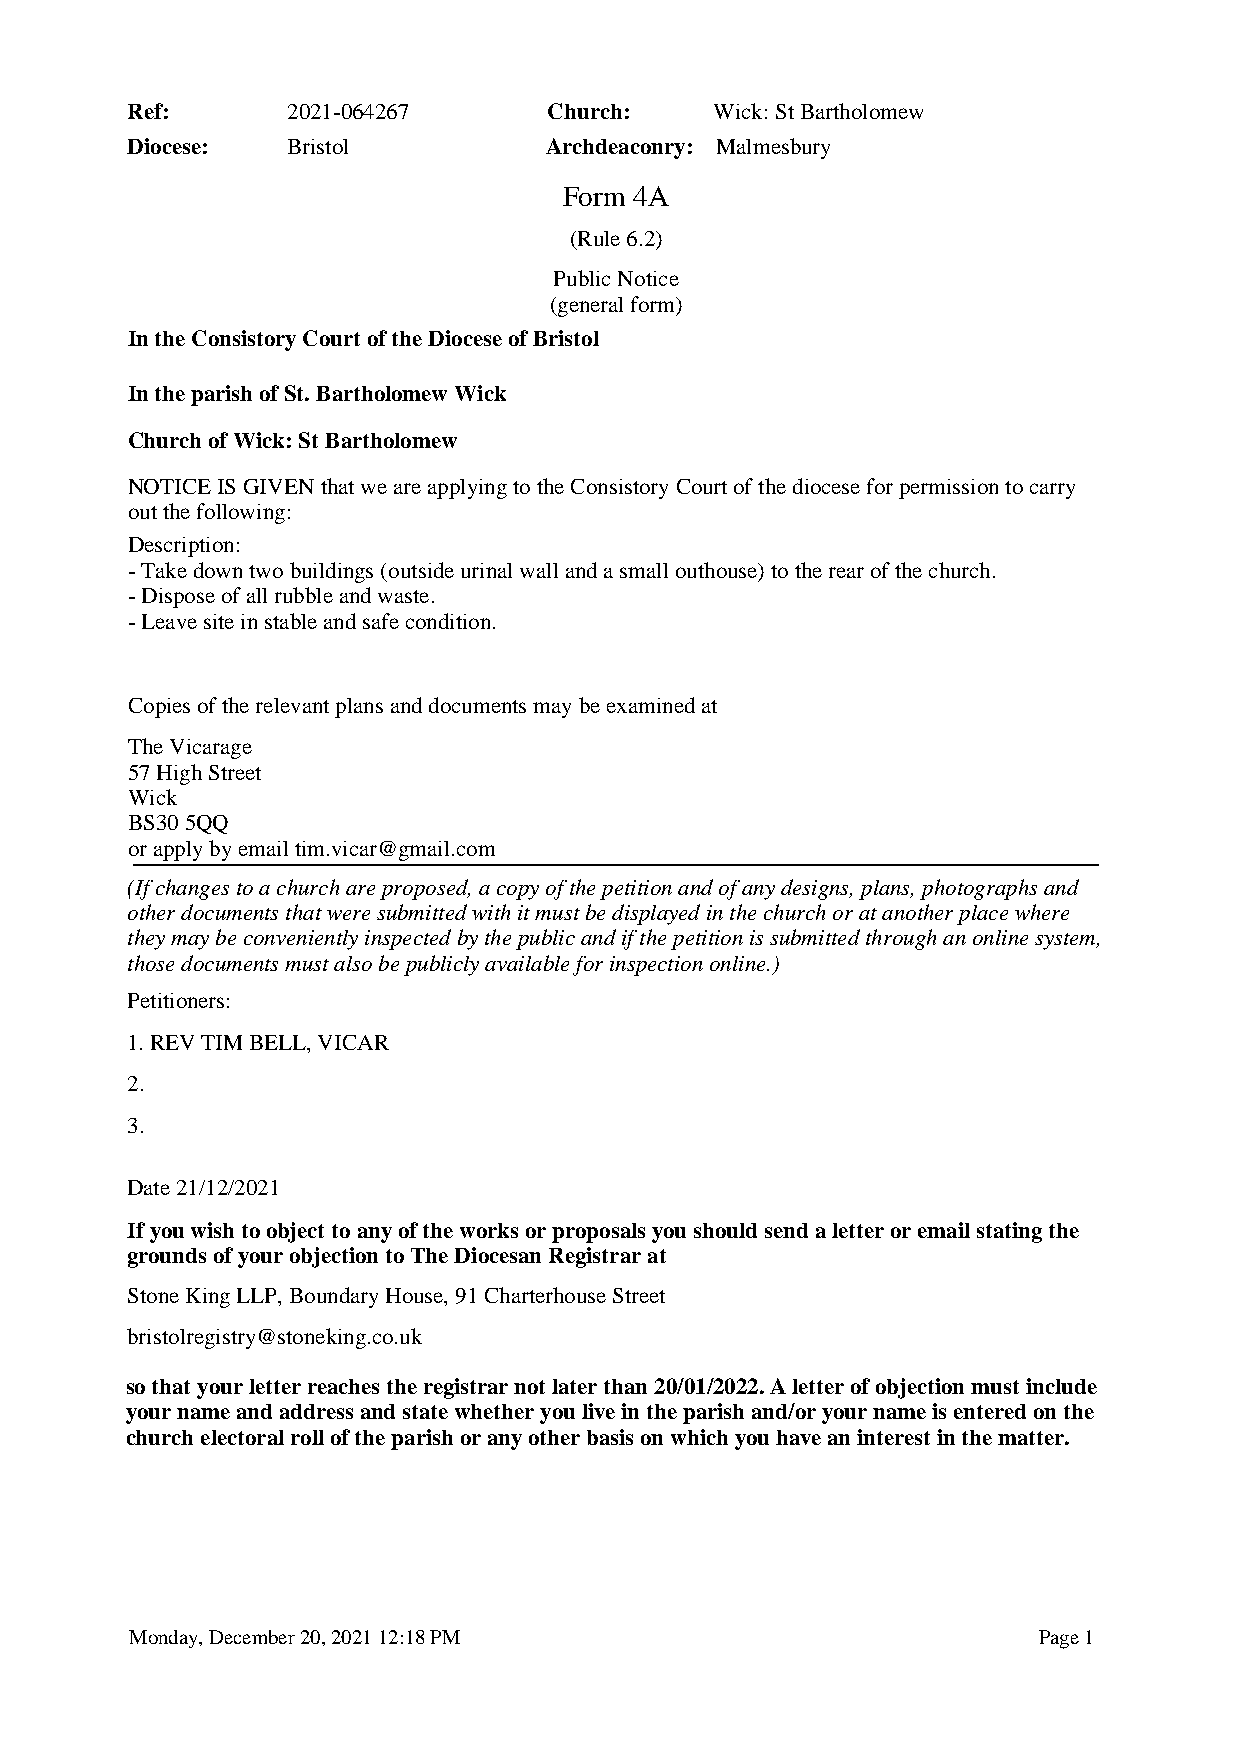
Ref:       2021-064267      Church:    Wick: St Bartholomew
 Diocese:   Bristol          Archdeaconry: Malmesbury
 Form 4A
 (Rule 6.2)
 Public Notice
 (general form)
 In the Consistory Court of the Diocese of Bristol
 In the parish of St. Bartholomew Wick
 Church of Wick: St Bartholomew
 NOTICE IS GIVEN that we are applying to the Consistory Court of the diocese for permission to carry
 out the following:
 Description:
 - Take down two buildings (outside urinal wall and a small outhouse) to the rear of the church.
 - Dispose of all rubble and waste.
 - Leave site in stable and safe condition.
 Copies of the relevant plans and documents may be examined at
 The Vicarage
 57 High Street
 Wick
 BS30 5QQ
 or apply by email tim.vicar@gmail.com
 (If changes to a church are proposed, a copy of the petition and of any designs, plans, photographs and
 other documents that were submitted with it must be displayed in the church or at another place where
 they may be conveniently inspected by the public and if the petition is submitted through an online system,
 those documents must also be publicly available for inspection online.)
 Petitioners:
 1. REV TIM BELL, VICAR
 2.
 3.
 Date 21/12/2021
 If you wish to object to any of the works or proposals you should send a letter or email stating the
 grounds of your objection to The Diocesan Registrar at
 Stone King LLP, Boundary House, 91 Charterhouse Street
 bristolregistry@stoneking.co.uk
 so that your letter reaches the registrar not later than 20/01/2022. A letter of objection must include
 your name and address and state whether you live in the parish and/or your name is entered on the
 church electoral roll of the parish or any other basis on which you have an interest in the matter.
 Monday, December 20, 2021 12:18 PM                          Page 1